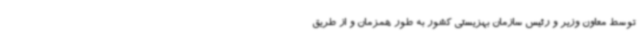
توسط معاون وزیر و رئیس سازمان بهزیستی کشور به طور همزمان و از طریق